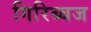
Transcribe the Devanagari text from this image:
गिरिब्बज